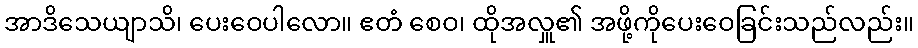
အာဒိသေယျာသိ၊ ပေးဝေပါလော။ ဧတံ စေဝ၊ ထိုအလှူ၏ အဖို့ကိုပေးဝေခြင်းသည်လည်း။